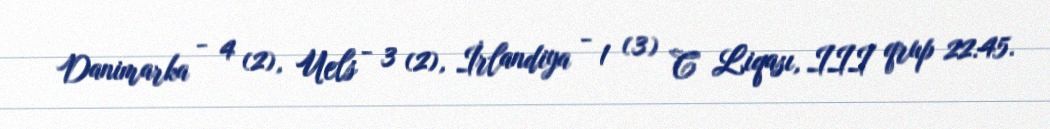
Danimarka - 4 (2), Uels - 3 (2), İrlandiya - 1 (3) C Liqası, III qrup 22:45.